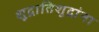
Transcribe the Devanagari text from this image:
शूद्रातिशूद्रांना